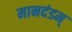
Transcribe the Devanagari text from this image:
मानदंडम्